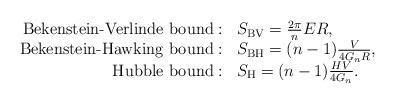
\begin{align*}\begin{array}{rl}\mbox{Bekenstein-Verlinde bound}: &S_{\rm BV}=\frac{2\pi}{n}ER, \\\mbox{Bekenstein-Hawking bound}: &S_{\rm BH}=(n-1)\frac{V}{4G_nR}, \\\mbox{Hubble bound}: &S_{\rm H}=(n-1)\frac{HV}{4G_n}.\end{array}\end{align*}